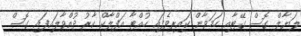
ލަޔާލް ގޮސް ގޭޓާއި ހަމަވާން ކައިރިވެފައި ހުއްޓާ އަފްލާކް ކާރު ދުއްވާލައިފައި ގޮސް